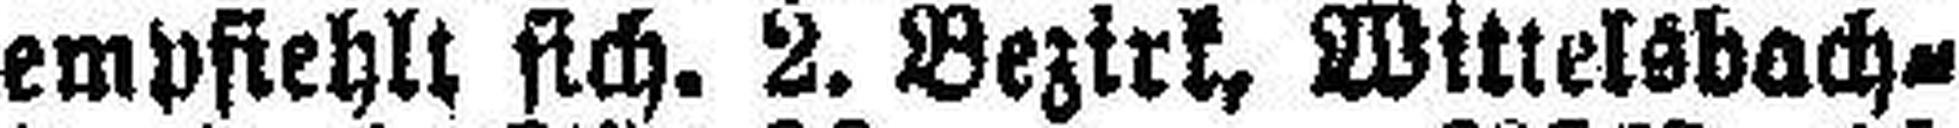
empfiehlt sich. 2. Bezirk, Wittelsbach¬